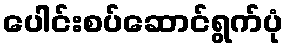
ပေါင်းစပ်ဆောင်ရွက်ပုံ